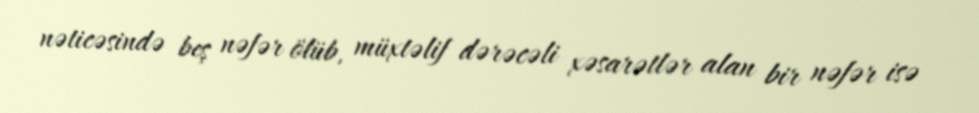
nəticəsində beş nəfər ölüb, müxtəlif dərəcəli xəsarətlər alan bir nəfər isə